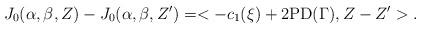
LaTeX: \begin{align*} J_{0}(\alpha,\beta,Z)-J_{0}(\alpha,\beta,Z')=<-c_{1}(\xi)+2\mathrm{PD}(\Gamma),Z-Z'>. \end{align*}